Statistical return of the lunatic asylum in Assam - 1912-1932
Year: 1912
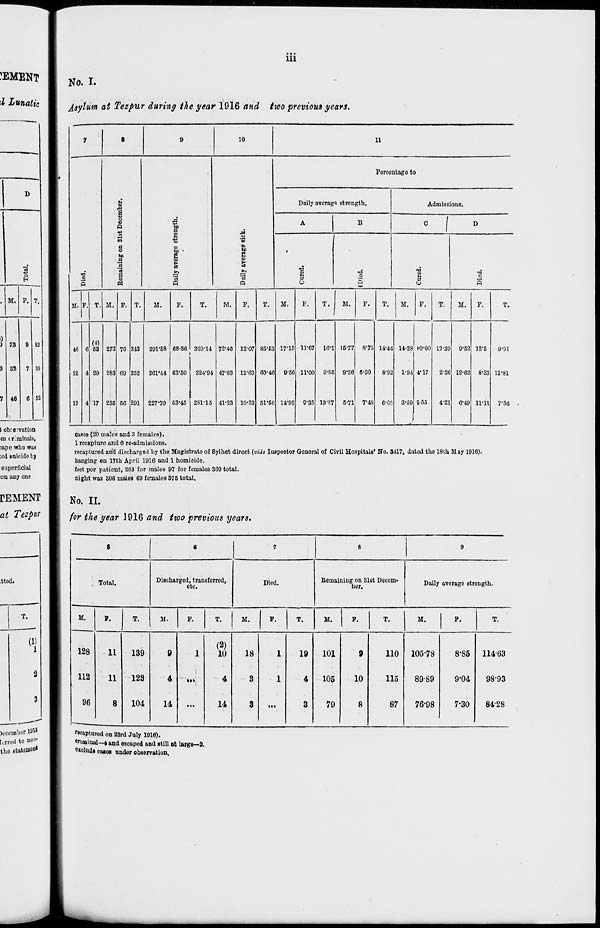
iii
CEMENT
No. I.
i Lunatic I j[ s ylum at Tezpur during the year 1916 and two previous years.
M.
73 9
88
7
46 6
sa
52
I obre nation
'in criminal^
sape who was
;cd suicide by
superficial
on any one
rEMENT
at Tezpur
ttod.
(1)
1
)uceml>er 19«
tcrrod to non-
tho etutoiflon*
7
S
9
10
11
Percentage to
H
1
Q
co
i a
i
1
Daily average strength.
Admissions.
A
B
C
(
»
lg
5
a o
bo
3
'3
'3
§
n
bo 1
I
f
b
to
g
1
3
a
-a
•a
5
1
13
3
M. F. T. M. P. T.
M.
F.
T.
M.
F.
T.
M.
F.
T.
M.
F.
T.
M.
F.
T.
M.
F.
T.
46 6
(4)
62 273 70 313 201-68 08-56 360-14 72-46 13'07 85-63 17-15 11-67 16-1 16-77 8*75 14-44 14-28 i-o-oo 12-39 9-62 12-5
9-91
25 4 29 283 CO 352 261*44 G3-50 324-94 47-83 12-63 60-4C 9*60 ; iroo 9-86 9-58 6-30 8-92 1'94 4*17 2-86 12-62 8-33 11-81
13 4 17 285 56 201 227-70 53-45 281-15 41-23 10-33 51-5C 14*93 0-35 18-S7 5-71 7-48 6-05 3*89 5-55
4-21 6-49 11-11 7-36
Cases (20 males and 3 females).
1 recapture and 6 re-admissions.
recaptured arid discharged by the Magistrate of Sylhet direct [vide Inspector Qonoral of Civil Hospitals' No. 3417, dated the 18th M jy 1916).
hanging on 17th April 1916 and 1 homicide.
feet per patient, 263 for males 97 for females 360 total.
night was 306 males 69 females 375 total.
No. II.
for the year 1916 and two previous years.
s
6
7
8
9
Total.
Discharged, transferred,
etc.
Died.
Bemaining on 31st Decem-
bor.
Daily averago strength.
M.
128
112
96
F.
T.
; M.
F.
T.
M.
1
F.
T.
M. 1 F.
T.
M.
F.
T.
11
11
8
139
128
104
9
4
14
1
(2)
10
4
14
18
3
3
1
1
19
4
3
101
105
79
9
10
8
110
115
87
105-78
8989
76-98
8-85
9*04
7-30
11463
98-93
8428
'waptured on 23rd July 1916).
criminal—4 and escaped and still at large—3.
e«luda cases under observation.